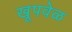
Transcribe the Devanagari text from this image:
खूपवेळ